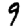
Digit: 9